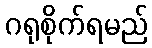
ဂရုစိုက်ရမည်